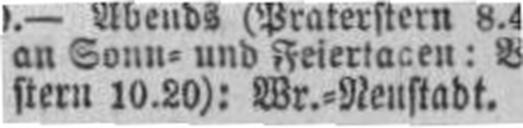
stern 10.20): Wr.=Neustadt.